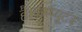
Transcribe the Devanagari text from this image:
है।कम्‍प्‍यूटर